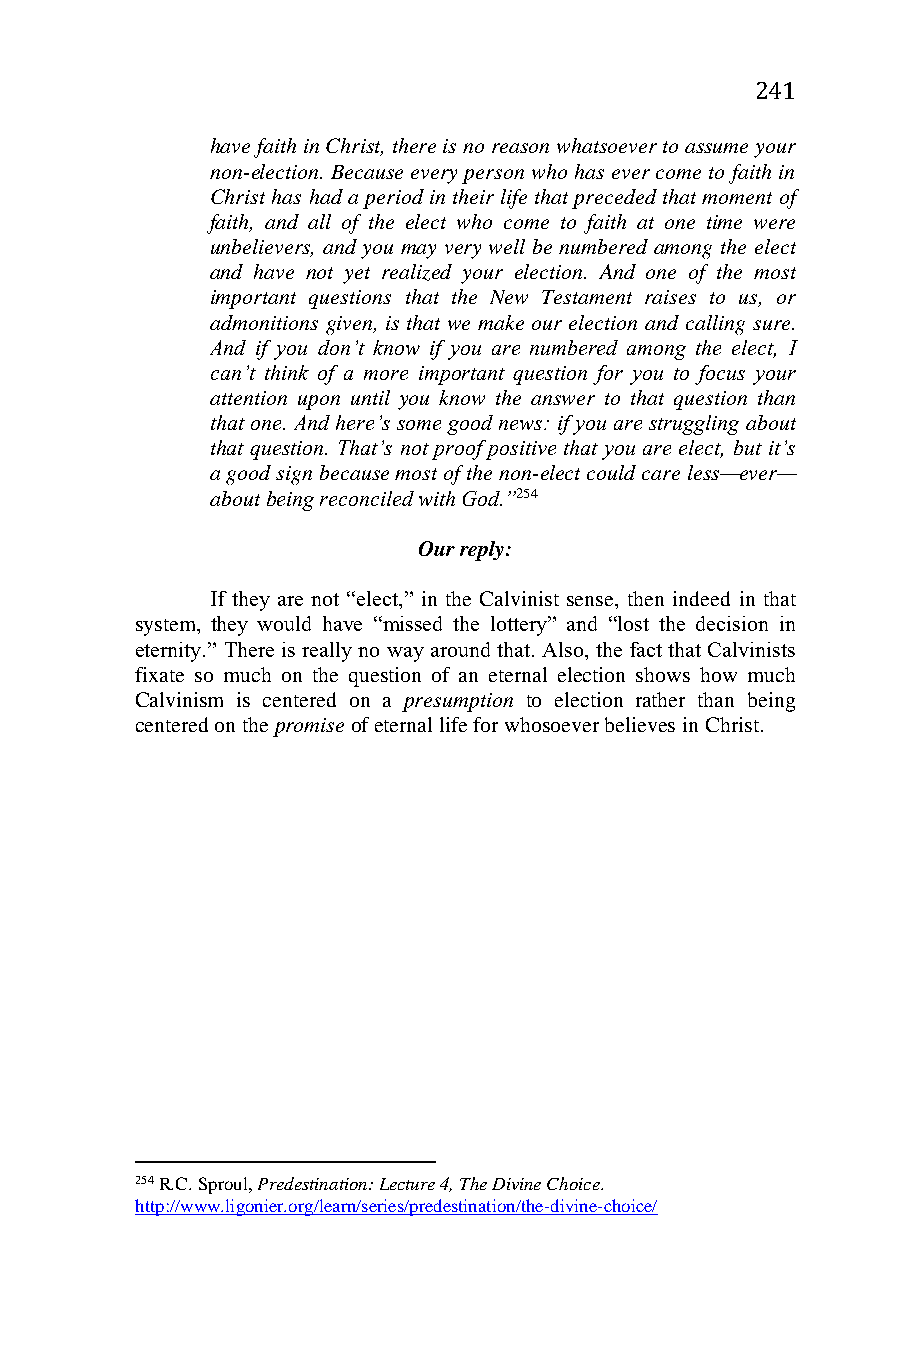
241
 have faith in Christ, there is no reason whatsoever to assume your
 non-election. Because every person who has ever come to faith in
 Christ has had a period in their life that preceded that moment of
 faith, and all of the elect who come to faith at one time were
 unbelievers, and you may very well be numbered among the elect
 and have not yet realized your election. And one of the most
 important questions that the New Testament raises to us, or
 admonitions given, is that we make our election and calling sure.
 And if you don’t know if you are numbered among the elect, I
 can’t think of a more important question for you to focus your
 attention upon until you know the answer to that question than
 that one. And here’s some good news: if you are struggling about
 that question. That’s not proof positive that you are elect, but it’s
 a good sign because most of the non-elect could care less—ever—
 about being reconciled with God.”254
 Our reply:
 If they are not “elect,” in the Calvinist sense, then indeed in that
 system, they would have “missed the lottery” and “lost the decision in
 eternity.” There is really no way around that. Also, the fact that Calvinists
 fixate so much on the question of an eternal election shows how much
 Calvinism is centered on a presumption to election rather than being
 centered on the promise of eternal life for whosoever believes in Christ.
 254 R.C. Sproul, Predestination: Lecture 4, The Divine Choice.
 http://www.ligonier.org/learn/series/predestination/the-divine-choice/